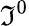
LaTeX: \mathfrak{I}^{0}